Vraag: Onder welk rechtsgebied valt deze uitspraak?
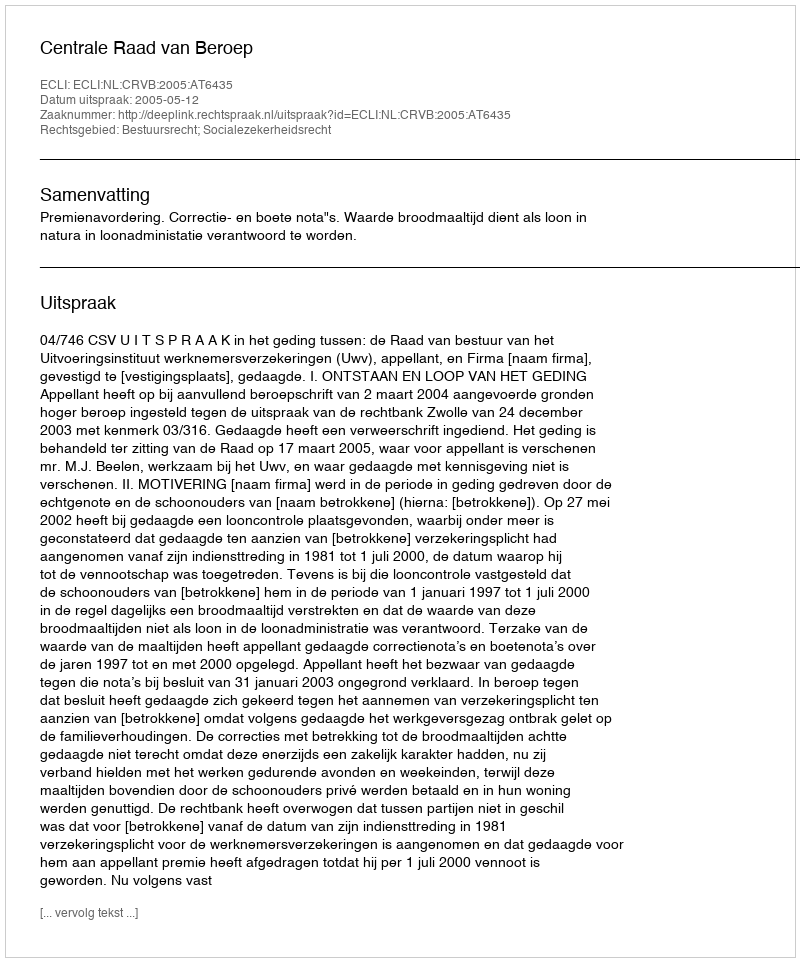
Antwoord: Bestuursrecht; Socialezekerheidsrecht